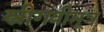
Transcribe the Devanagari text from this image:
स्त्रीगवीमूत्र